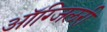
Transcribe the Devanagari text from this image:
ऑग्जिलरी